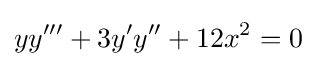
yy'''+3y'y''+12x^{2}=0